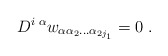
\begin{align*} D^{i\; \alpha}w_{\alpha\alpha_2\ldots\alpha_{2j_1}}=0\;.\end{align*}